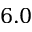
6 . 0